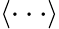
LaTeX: \langle\cdot\cdot\cdot\rangle